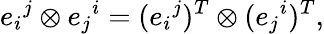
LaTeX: e_{i}{}^{j}\otimes e_{j}{}^{i}=(e_{i}{}^{j})^{T}\otimes(e_{j}{}^{i})^{T},